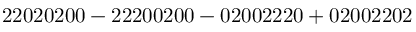
\mathrm { 2 2 0 2 0 2 0 0 - 2 2 2 0 0 2 0 0 - 0 2 0 0 2 2 2 0 + 0 2 0 0 2 2 0 2 }